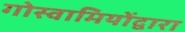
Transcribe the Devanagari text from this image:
गोस्वामियोंद्वारा